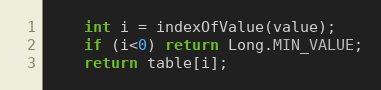
Language: Java
	int i = indexOfValue(value);
	if (i<0) return Long.MIN_VALUE;
	return table[i];